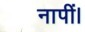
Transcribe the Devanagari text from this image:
नापीं।